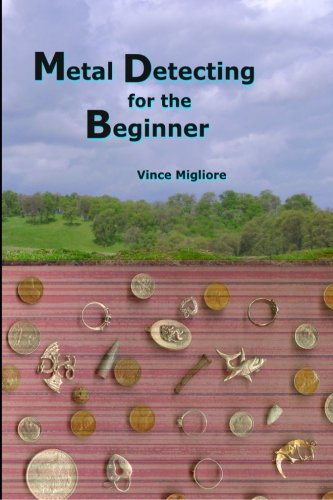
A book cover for Metal Detecting for the Beginner; Vince Migliore; Crafts, Hobbies & Home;